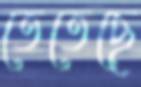
তেতেছে